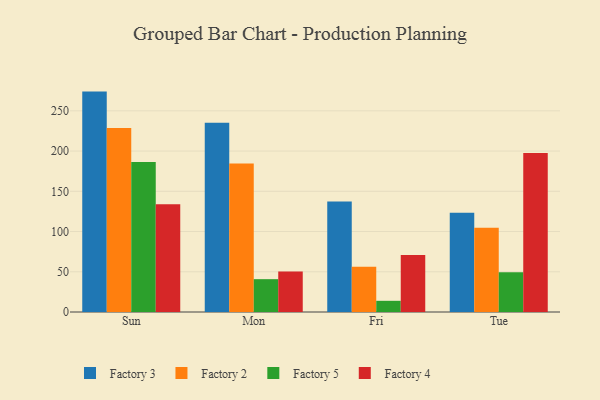
{"axis": {"x": "Day", "y": "Energy Usage (MWh)"}, "legend": ["Factory 2", "Factory 3", "Factory 4", "Factory 5"], "data": [{"x": "Sun", "y": 273.9, "type": "Factory 3"}, {"x": "Sun", "y": 228.7, "type": "Factory 2"}, {"x": "Sun", "y": 186.3, "type": "Factory 5"}, {"x": "Sun", "y": 133.9, "type": "Factory 4"}, {"x": "Mon", "y": 235.1, "type": "Factory 3"}, {"x": "Mon", "y": 184.4, "type": "Factory 2"}, {"x": "Mon", "y": 40.8, "type": "Factory 5"}, {"x": "Mon", "y": 50.2, "type": "Factory 4"}, {"x": "Fri", "y": 137.2, "type": "Factory 3"}, {"x": "Fri", "y": 56.2, "type": "Factory 2"}, {"x": "Fri", "y": 13.9, "type": "Factory 5"}, {"x": "Fri", "y": 70.8, "type": "Factory 4"}, {"x": "Tue", "y": 123.3, "type": "Factory 3"}, {"x": "Tue", "y": 104.7, "type": "Factory 2"}, {"x": "Tue", "y": 49.3, "type": "Factory 5"}, {"x": "Tue", "y": 197.6, "type": "Factory 4"}]}